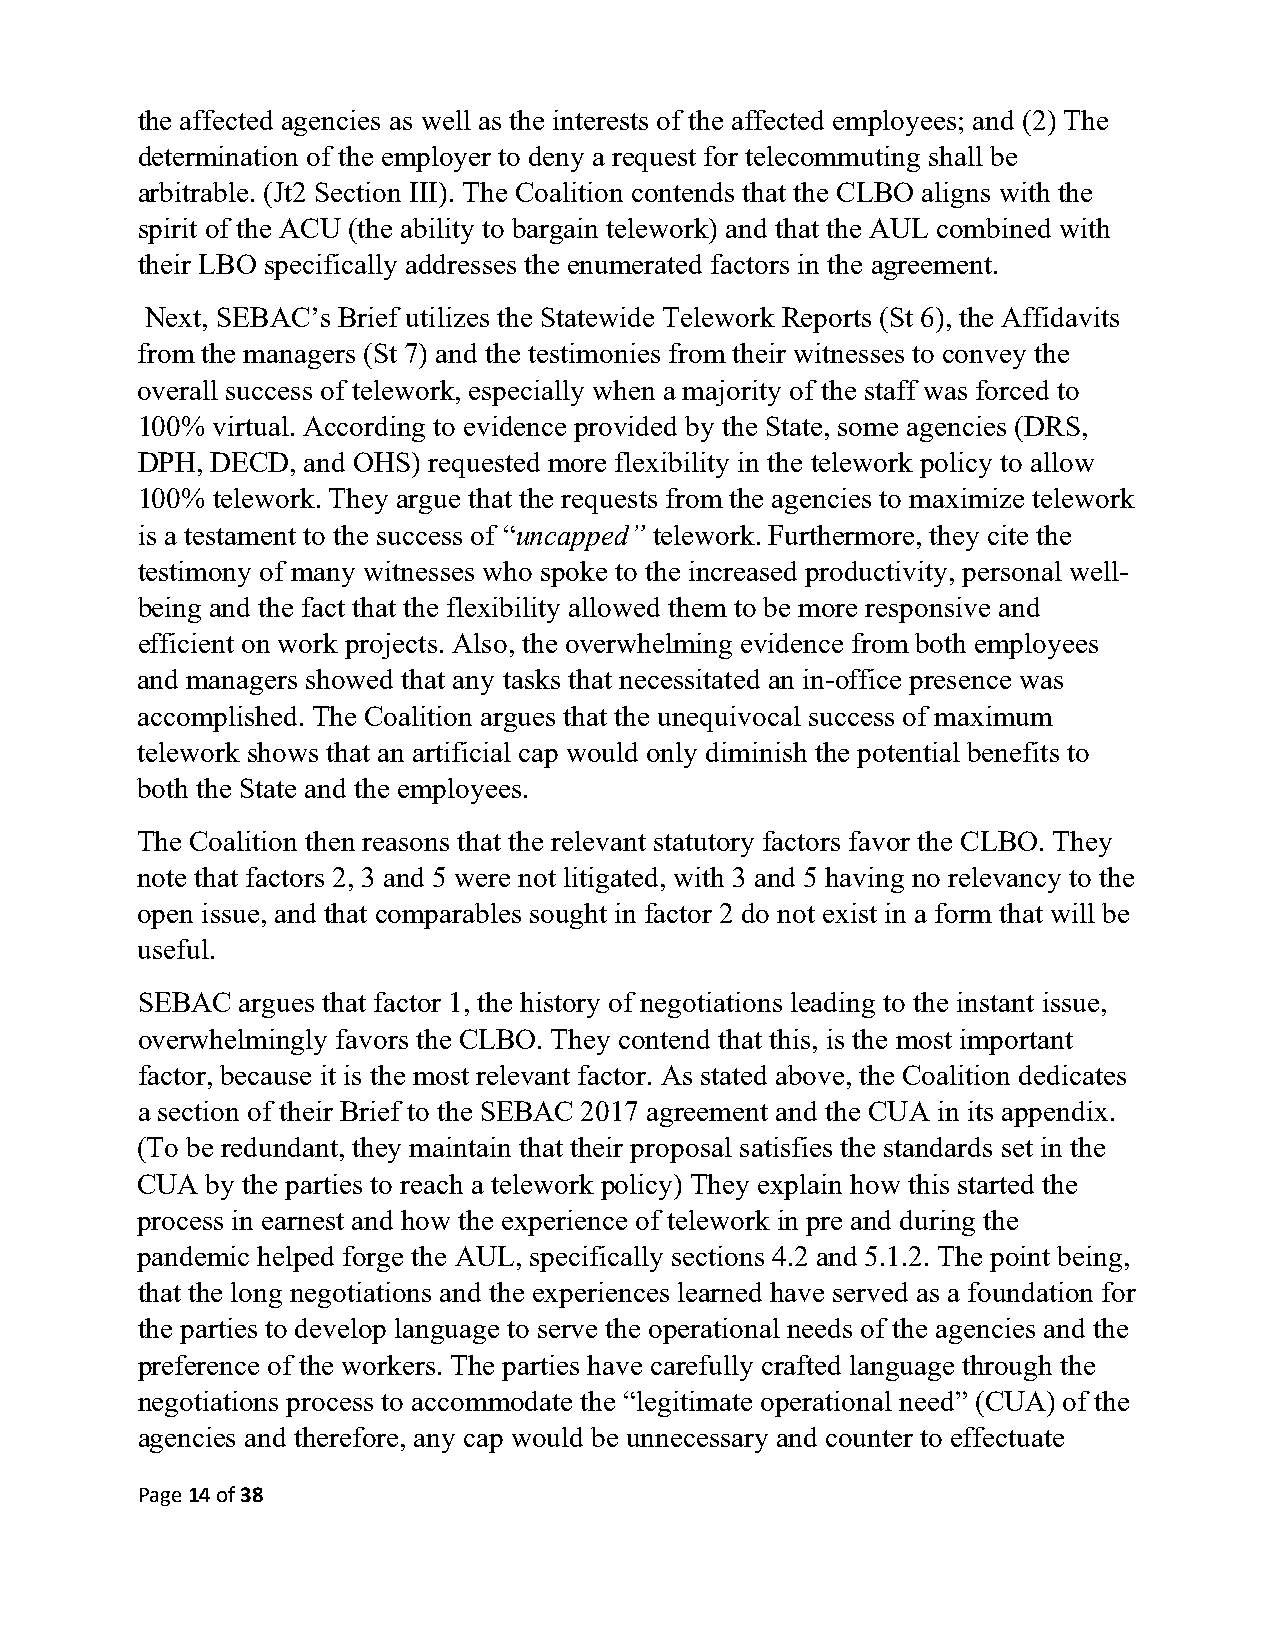
the affected agencies as well as the interests of the affected employees; and (2) The
 determination of the employer to deny a request for telecommuting shall be
 arbitrable. (Jt2 Section III). The Coalition contends that the CLBO aligns with the
 spirit of the ACU (the ability to bargain telework) and that the AUL combined with
 their LBO specifically addresses the enumerated factors in the agreement.
 Next, SEBAC’s Brief utilizes the Statewide Telework Reports (St 6), the Affidavits
 from the managers (St 7) and the testimonies from their witnesses to convey the
 overall success of telework, especially when a majority of the staff was forced to
 100% virtual. According to evidence provided by the State, some agencies (DRS,
 DPH, DECD, and OHS) requested more flexibility in the telework policy to allow
 100% telework. They argue that the requests from the agencies to maximize telework
 is a testament to the success of “uncapped” telework. Furthermore, they cite the
 testimony of many witnesses who spoke to the increased productivity, personal well-
 being and the fact that the flexibility allowed them to be more responsive and
 efficient on work projects. Also, the overwhelming evidence from both employees
 and managers showed that any tasks that necessitated an in-office presence was
 accomplished. The Coalition argues that the unequivocal success of maximum
 telework shows that an artificial cap would only diminish the potential benefits to
 both the State and the employees.
 The Coalition then reasons that the relevant statutory factors favor the CLBO. They
 note that factors 2, 3 and 5 were not litigated, with 3 and 5 having no relevancy to the
 open issue, and that comparables sought in factor 2 do not exist in a form that will be
 useful.
 SEBAC  argues that factor 1, the history of negotiations leading to the instant issue,
 overwhelmingly favors the CLBO. They contend that this, is the most important
 factor, because it is the most relevant factor. As stated above, the Coalition dedicates
 a section of their Brief to the SEBAC 2017 agreement and the CUA in its appendix.
 (To be redundant, they maintain that their proposal satisfies the standards set in the
 CUA  by the parties to reach a telework policy) They explain how this started the
 process in earnest and how the experience of telework in pre and during the
 pandemic helped forge the AUL, specifically sections 4.2 and 5.1.2. The point being,
 that the long negotiations and the experiences learned have served as a foundation for
 the parties to develop language to serve the operational needs of the agencies and the
 preference of the workers. The parties have carefully crafted language through the
 negotiations process to accommodate the “legitimate operational need” (CUA) of the
 agencies and therefore, any cap would be unnecessary and counter to effectuate
 Page 14 of 38